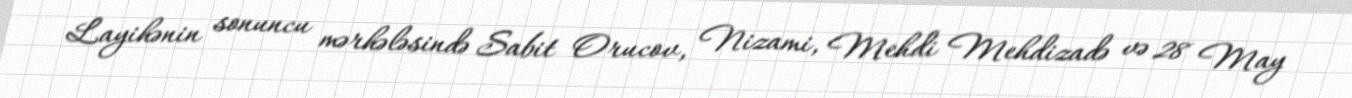
Layihənin sonuncu mərhələsində Sabit Orucov, Nizami, Mehdi Mehdizadə və 28 May